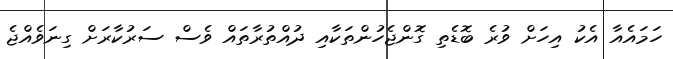
ހަމައެއާ އެކު އިހަށް ވުރެ ބޮޑެތި ގޮންޖެހުންތަކާއި ދުއްތުރާތައް ވެސް ސަރުކާރަށް ގިނަވެއްޖެ